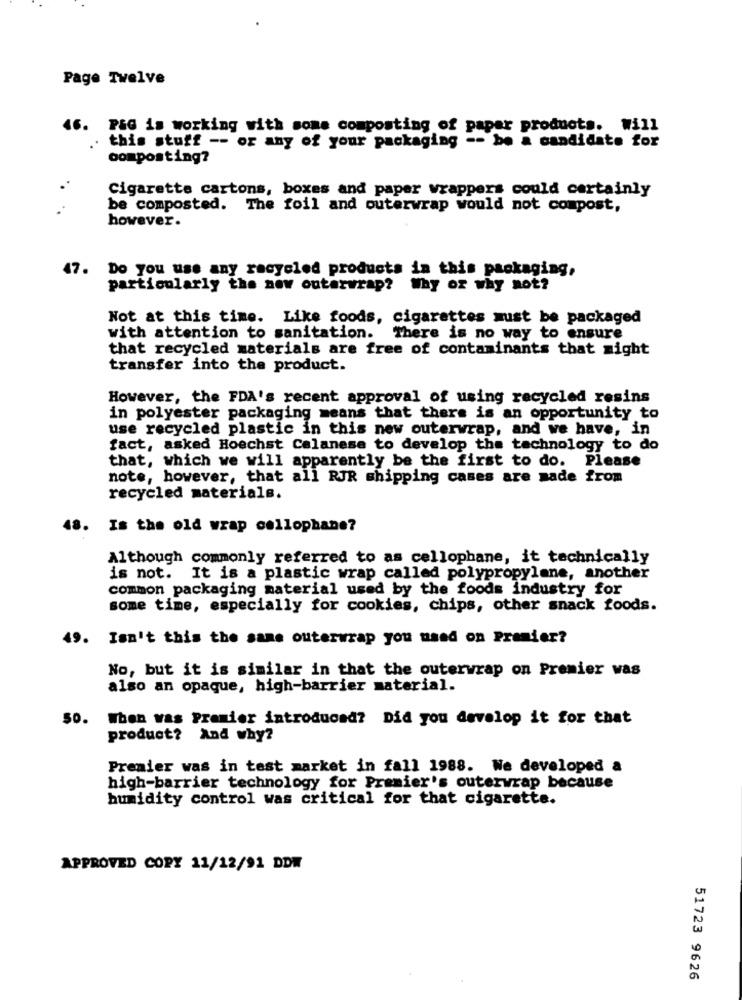
Page Twelve
46. P&G is working with some composting of paper products. Will
. this stuff -- or any of your packaging -- be a candidate for
oomposting?
Cigarette cartons, boxes and paper wrappers could certainly
be composted. The foil and outerwrap would not compost,
however.
47.
Do you use any recycled products in this packaging,
particularly the new outerwrap? Why or why not?
Not at this time. Like foods, cigarettes must be packaged
with attention to sanitation. There is no way to ensure
that recycled materials are free of contaminants that might
transfer into the product.
However, the FDA's recent approval of using recycled resins
in polyester packaging means that there is an opportunity to
use recycled plastic in this new outerwrap, and we have, in
fact, asked Hoechst Celanese to develop the technology to do
that, which we will apparently be the first to do. Please
note, however, that all RJR shipping cases are made from
recycled materials.
48.
Is the old wrap cellophane?
Although commonly referred to as cellophane, it technically
is not. It is a plastic wrap called polypropylene, another
common packaging material used by the foods industry for
some time, especially for cookies, chips, other snack foods.
49.
Isn't this the same outerwrap you used on Premier?
No, but it is similar in that the outerwrap on Premier was
also an opaque, high-barrier material.
50. When was Premier introduced? Did you develop it for that
product? And why?
Premier was in test market in fall 1988. We developed a
high-barrier technology for Premier's outerwrap because
humidity control was critical for that cigarette.
APPROVED COPY 11/12/91 DDW
51723 9626